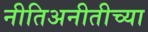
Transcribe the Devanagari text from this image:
नीतिअनीतीच्या